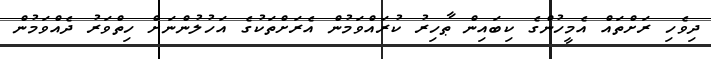
ދިވެހި ރަށްތައް އެމީހުންގެ ކިބައިން ޠާހިރު ކުރައްވަމުން އެރަށްތަކުގެ އަހުލުންނަށް ހިތްވަރު ދެއްވަމުން